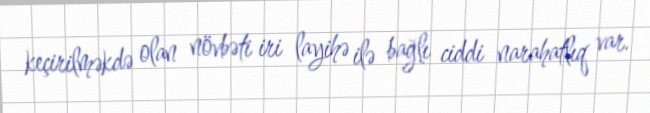
keçirilməkdə olan növbəti iri layihə ilə bağlı ciddi narahatlıq var.